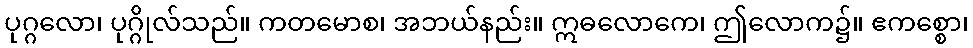
ပုဂ္ဂလော၊ ပုဂ္ဂိုလ်သည်။ ကတမောစ၊ အဘယ်နည်း။ ဣဓလောကေ၊ ဤလောက၌။ ဧကစ္စော၊